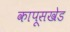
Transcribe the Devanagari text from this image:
कापूसखेड